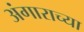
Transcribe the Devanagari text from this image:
अंगाराच्या